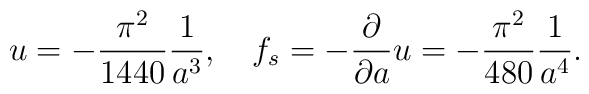
u=-{\pi^2\over1440}{1\over a^3},\quad f_s=-{\partial\over\partial a}u=-{\pi^2\over 480}{1\over a^4}.